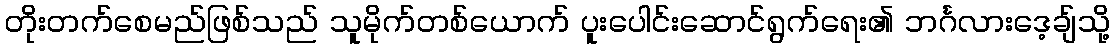
တိုးတက်စေမည်ဖြစ်သည် သူမိုက်တစ်ယောက် ပူးပေါင်းဆောင်ရွက်ရေး၏ ဘင်္ဂလားဒေ့ချ်သို့